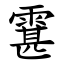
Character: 䨢